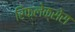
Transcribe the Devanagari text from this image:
रिफ्लेक्सेस